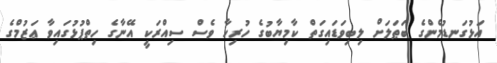
އަޅުގަނޑުމެންގެ ބަޠަލަށް ލިބިވަޑައިގަތް ކާމިޔާބުގެ ހުރިހާ ވެސް ސިއްރަކީ އޭނާގެ ހިތްޕުޅުގައިވާ ޢަޒުމްގެ